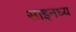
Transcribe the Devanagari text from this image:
साइनध्य